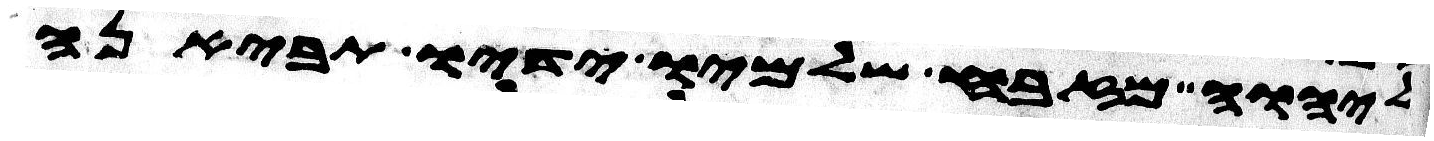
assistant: ליהוה מזבח שלמיו ידיו תביאנה